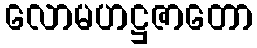
လောမဟဋ္ဌဇာတော